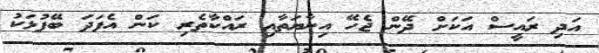
އަދި ރައީސް އަކަށް ދޭން ޖެހޭ އިނާޔަތާއި ރައްކާތެރި ކަން އެފަދަ ބޭފުޅަކު